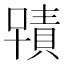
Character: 𭋂